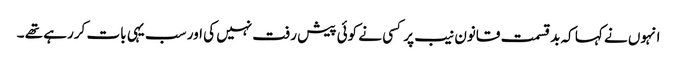
انہوں نے کہا کہ بدقسمت قانون نیب پر کسی نے کوئی پیش رفت نہیں کی اور سب یہی بات کررہے تھے ۔